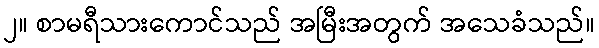
၂။ စာမရီသားကောင်သည် အမြီးအတွက် အသေခံသည်။